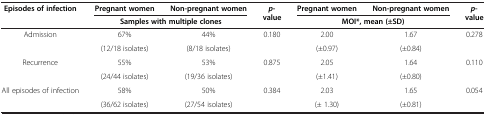
<table><thead><tr><td><b>Episodes of infection</b></td><td><b>Pregnant women</b></td><td><b>Non-pregnant women</b></td><td><b><i>p</i>-value</b></td><td><b>Pregnant women</b></td><td><b>Non-pregnant women</b></td><td><b><i>p</i>-value</b></td></tr><tr><td><b> </b></td><td colspan="2"><b>Samples with multiple clones</b></td><td><b> </b></td><td colspan="2"><b>MOI*, mean (±SD)</b></td><td><b> </b></td></tr></thead><tbody><tr><td rowspan="2">Admission</td><td>67%</td><td>44%</td><td rowspan="2">0.180</td><td>2.00</td><td>1.67</td><td rowspan="2">0.278</td></tr><tr><td>(12/18 isolates)</td><td>(8/18 isolates)</td><td>(±0.97)</td><td>(±0.84)</td></tr><tr><td rowspan="2">Recurrence</td><td>55%</td><td>53%</td><td rowspan="2">0.875</td><td>2.05</td><td>1.64</td><td rowspan="2">0.110</td></tr><tr><td>(24/44 isolates)</td><td>(19/36 isolates)</td><td>(±1.41)</td><td>(±0.80)</td></tr><tr><td>All episodes of infection</td><td>58%</td><td>50%</td><td>0.384</td><td>2.03</td><td>1.65</td><td>0.054</td></tr><tr><td> </td><td>(36/62 isolates)</td><td>(27/54 isolates)</td><td> </td><td>(± 1.30)</td><td>(±0.81)</td><td> </td></tr></tbody></table>